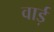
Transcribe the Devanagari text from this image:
वार्ड़